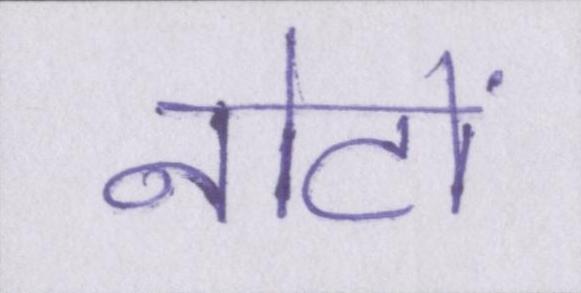
नोटों